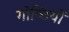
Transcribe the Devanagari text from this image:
गोष्‍ठियों